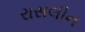
રાસલીન